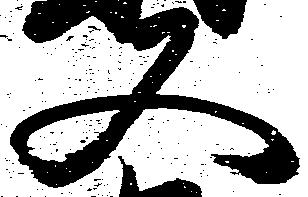
又